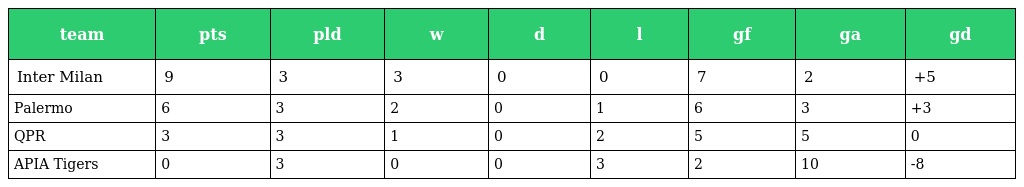
| team | pts | pld | w | d | l | gf | ga | gd |
 | --- | --- | --- | --- | --- | --- | --- | --- | --- |
 | Inter Milan | 9 | 3 | 3 | 0 | 0 | 7 | 2 | +5 |
 | Palermo | 6 | 3 | 2 | 0 | 1 | 6 | 3 | +3 |
 | QPR | 3 | 3 | 1 | 0 | 2 | 5 | 5 | 0 |
 | APIA Tigers | 0 | 3 | 0 | 0 | 3 | 2 | 10 | -8 |